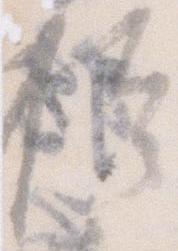
権